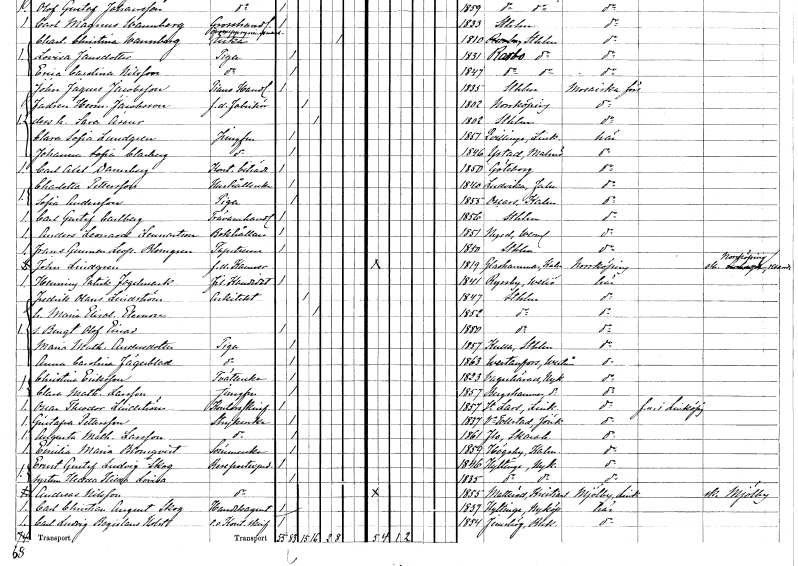
gt_parse: households: individuals: FN: Carl Axel
EN: Dannberg
YRKE: Kontorsbiträde
KON: M
CIV: O
FODAR: 1850
FODFORS: Göteborg Göteborgs- och Bohuslän
FN: Charlotta
EN: Pettersson
YRKE: Hushållerska
KON: K
CIV: O
FODAR: 1840
FODFORS: Ludvika Kopparbergs län
FN: Sofia
EN: Andersson
YRKE: Piga
KON: K
CIV: O
FODAR: 1855
FODFORS: Oskar Kalmar län
FN: Carl Gustaf
EN: Carlberg
YRKE: Trävaruhandlare
KON: M
CIV: O
FODAR: 1856
FODFORS: Stockholm
FN: Anders Leonard
EN: Lennartson
YRKE: Bokhållare
KON: M
CIV: O
FODAR: 1851
FODFORS: Nyed Värmlands län
FN: Frans Gunnar Leopold
EN: Blomgren
YRKE: Tapetserare
KON: M
CIV: O
FODAR: 1850
FODFORS: Stockholm
FN: John
EN: Lindgren
YRKE: Kamrer f.d.
KON: M
CIV: O
FODAR: 1819
FODFORS: Gladhammar Kalmar län
FN: Henning Patrik
EN: Fogelmark
YRKE: Fil. kand.
KON: M
CIV: O
FODAR: 1841
FODFORS: Ryssby Kronobergs län
FN: Fredrik Olaus
EN: Lindström
YRKE: Arkitekt
KON: M
CIV: G
FODAR: 1847
FODFORS: Stockholm
FN: Maria Elisabet Eleonora
KON: K
CIV: G
FODAR: 1852
FODFORS: Stockholm
FN: Bengt Olof Einar
KON: M
CIV: O
FODAR: 1880
FODFORS: Stockholm
FN: Maria Mathilda
EN: Andersdotter
YRKE: Piga
KON: K
CIV: O
FODAR: 1857
FODFORS: Kulla Stockholms län
FN: Anna Carolina
EN: Fägerblad
YRKE: Piga
KON: K
CIV: O
FODAR: 1863
FODFORS: Västanfors Västmanlands län
FN: Christina
EN: Eriksson
YRKE: Tvätterska
KON: K
CIV: O
FODAR: 1823
FODFORS: Vagnhärad Södermanlands län
FN: Clara Mathilda
EN: Larsson
YRKE: Jungfru
KON: K
CIV: O
FODAR: 1857
FODFORS: Bergshammar Södermanlands län
FN: Oscar Theodor
EN: Lindström
YRKE: Kontorsskrivare
KON: M
CIV: O
FODAR: 1857
FODFORS: Linköpings Sankt Lars Östergötlands län
FN: Gustafva
EN: Petersson
YRKE: Strykerska
KON: K
CIV: O
FODAR: 1837
FODFORS: Västra Tollstad Östergötlands län
FN: Augusta Mathilda
EN: Larsson
YRKE: Strykerska
KON: K
CIV: O
FODAR: 1861
FODFORS: Flo Skaraborgs län
FN: Emilia Maria
EN: Blomqvist
YRKE: Sömmerska
KON: K
CIV: O
FODAR: 1859
FODFORS: Högsby Kalmar län
FN: Ernst Gustaf Ludvig
EN: Skog
YRKE: Resepostexpeditör
KON: M
CIV: O
FODAR: 1846
FODFORS: Hyltinge Södermanlands län
FN: Hedda Hilda Lovisa
KON: K
CIV: O
FODAR: 1835
FODFORS: Hyltinge Södermanlands län
FN: Andreas
EN: Nilsson
YRKE: Resepostexpeditör
KON: M
CIV: O
FODAR: 1855
FODFORS: Matteröd Kristianstads län
FN: Carl Christian August
EN: Skog
YRKE: Handelsagent
KON: M
CIV: O
FODAR: 1837
FODFORS: Hyltinge Södermanlands län
FN: Carl Ludvig Bogislaus
EN: Holst
YRKE: Kontorsskrivare e.o.
KON: M
CIV: O
FODAR: 1854
FODFORS: Jämshög Blekinge län